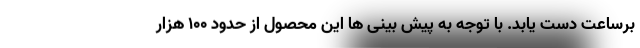
برساعت دست یابد. با توجه به پیش بینی ها این محصول از حدود 100 هزار